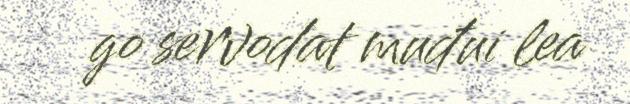
go servodat muđui lea